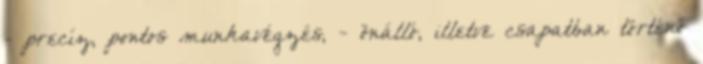
- precíz, pontos munkavégzés, - önálló, illetve csapatban történő